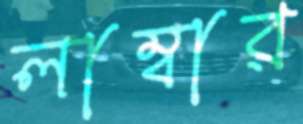
লাম্বার